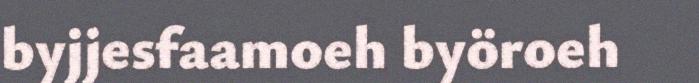
byjjesfaamoeh byöroeh